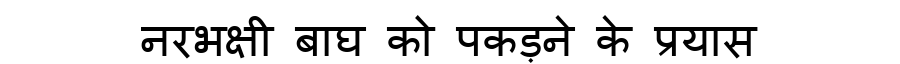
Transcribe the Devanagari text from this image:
नरभक्षी बाघ को पकड़ने के प्रयास